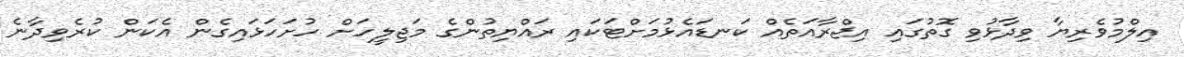
އިލްމުވެރިޔާ ވިދާޅުވި ގޮތުގައި އިޖްރާއަތެއް ކަނޑައެޅުމަށްޓަކައި ރައްޔިތުންގެ މަޖިލީހަށް ހުށަހަޅައިގެން އެކަން ކުރެވިދާނެ